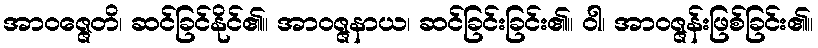
အာဝဇ္ဇေတိ၊ ဆင်ခြင်နိုင်၏။ အာဝဇ္ဇနာယ၊ ဆင်ခြင်းခြင်း၏။ ဝါ၊ အာဝဇ္ဇန်းဖြစ်ခြင်း၏။